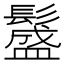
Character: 𩯎